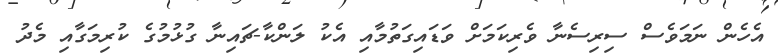
އެހެން ނަމަވެސް ސިރިސެނާ ވެރިކަމަށް ވަޑައިގަތުމާއި އެކު ލަންކާ-ޗައިނާ ގުޅުމުގެ ކުރިމަގާއި މެދު